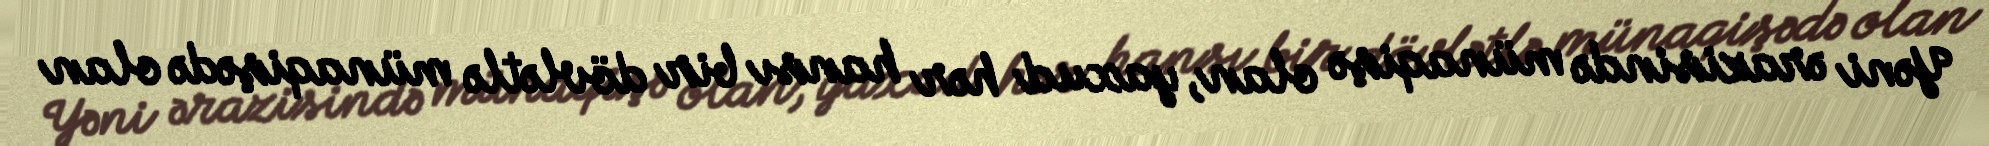
Yəni ərazisində münaqişə olan, yaxud hər hansı bir dövlətlə münaqişədə olan